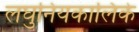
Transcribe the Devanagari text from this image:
लघुनियकालिके